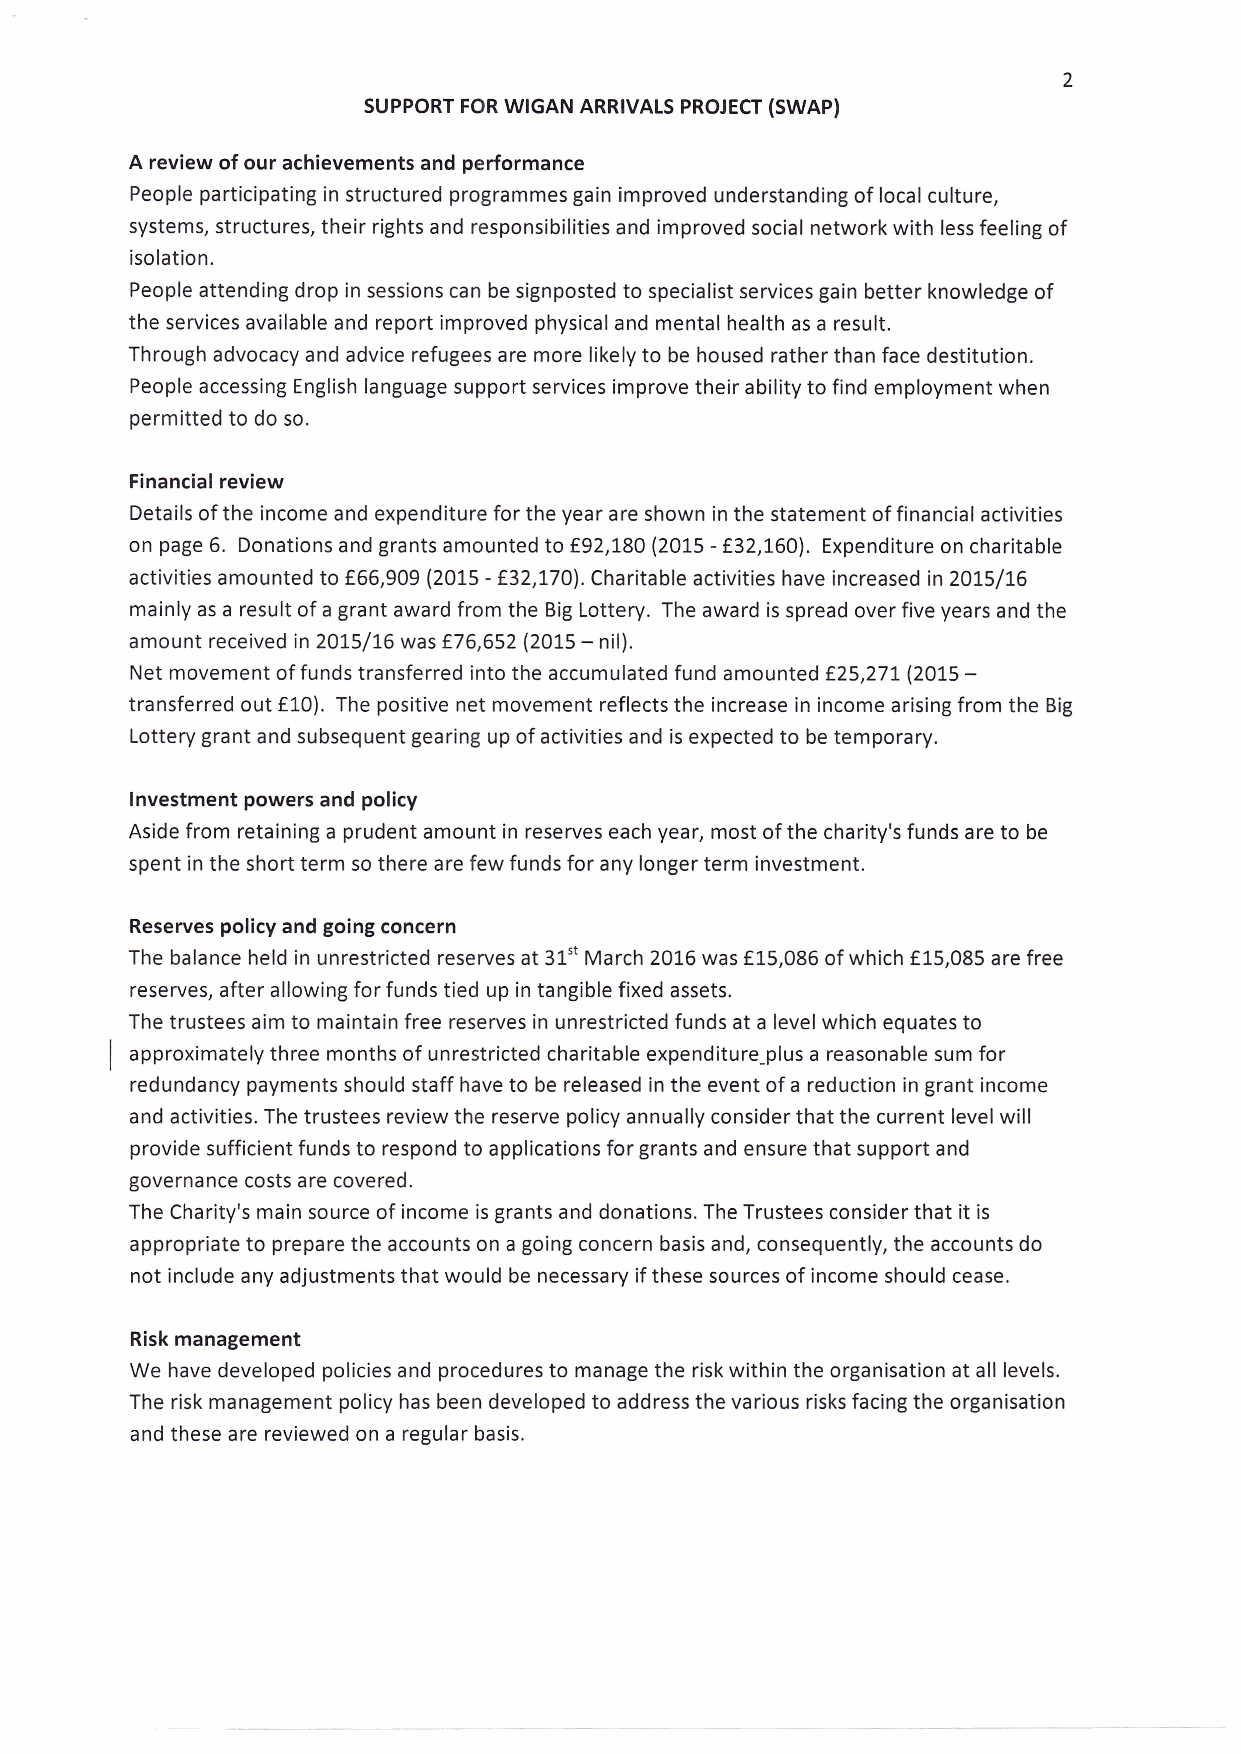
suppoRT FoR wrGAN ARRTVALS PROJECT (SWAP)
 A review of our achievements and performance
 People participating in structured programmes gain improved understanding of local culture,
 systems, structures, their rights and responsibilities and improved social network with less feeling of
 isolation.
 People attending drop in sessions can be signposted to specialist services gain better knowledge of
 the services available and report improved physicaland mental health as a result.
 Through advocacy and advice refugees are more likely to be housed rather than face destitution.
 People accessing English language support services improve their ability to find employment when
 permitted to do so.
 Financial review
 Details of the income and expenditure for the year are shown in the statement of financial activities
 on page 6. Donations and grants amounted to €92,180 (2015 - f 32,160). Expenditure on charitable
 activities amounted to f66,909 (2015 - f32,170). Charitable activities have increased in 2015/16
 mainly as a result of a grant award from the Big Lottery. The award is spread over five years and the
 amount received in 201.5/76 was f 76,652 (2015 - nil).
 Net movement of funds transferred into the accumulated fund amounted f25,271(2015 -
 transferred out f 10). The positive net movement reflects the increase in income arising from the Big
 Lottery grant and subsequent gearing up of activities and is expected to be temporary.
 lnvestment powers and policy
 Aside from retaining a prudent amount in reserves each year, most of the charity's funds are to be
 spent in the short term so there are few funds for any longer term investment.
 Reserves policy and going concern
 The balance held in unrestricted reserves at 31't March 2016 was f 15,086 of which f 15,085 are free
 reserves, after allowing for funds tied up in tangible fixed assets.
 The trustees aim to maintain free reserves in unrestricted funds at a level which equates to
 I approximately three months of unrestricted charitable expenditure-plus a reasonable sum for
 redundancy payments should staff have to be released in the event of a reduction in grant income
 and activities. The trustees review the reserve policy annually consider that the current level will
 provide sufficient funds to respond to applications forgrants and ensure that support and
 governance costs are covered.
 The Charity's main source of income is grants and donations. The Trustees consider that it is
 appropriate to prepare the accounts on a going concern basis and, consequently, the accounts do
 not include any adjustments that would be necessary if these sources of income should cease.
 Risk management
 We have developed policies and procedures to manage the risk within the organisation at all levels.
 The risk management policy has been developed to address the various risks facing the organisation
 and these are reviewed on a regular basis.